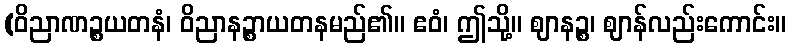
(ဝိညာဏဉ္စယတနံ၊ ဝိညာနဉ္စာယတနမည်၏။ ဧဝံ၊ ဤသို့။ ဈာနဉ္စ၊ ဈာန်လည်းကောင်း။